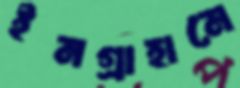
ইনগ্রাহামে